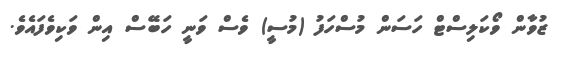
ޒުވާން ވޯކަލިސްޓް ހަސަން މުސްހަފު (މުސީ) ވެސް ވަނީ ހަބޭސް އިން ވަކިވެފައެވެ.